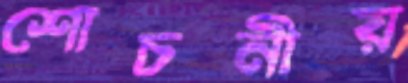
শোচনীয়